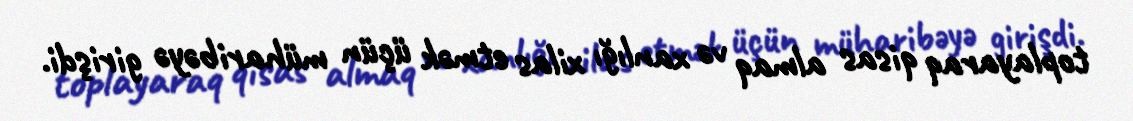
toplayaraq qisas almaq və xanlığı xilas etmək üçün müharibəyə girişdi.